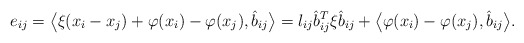
\begin{align*}e_{ij} = \big\langle \xi(x_i - x_j) + \varphi(x_i) - \varphi(x_j), \hat{b}_{ij}\big\rangle = l_{ij} \hat{b}_{ij}^T \xi \hat{b}_{ij} + \big\langle \varphi(x_i) - \varphi(x_j), \hat{b}_{ij}\big\rangle.\end{align*}